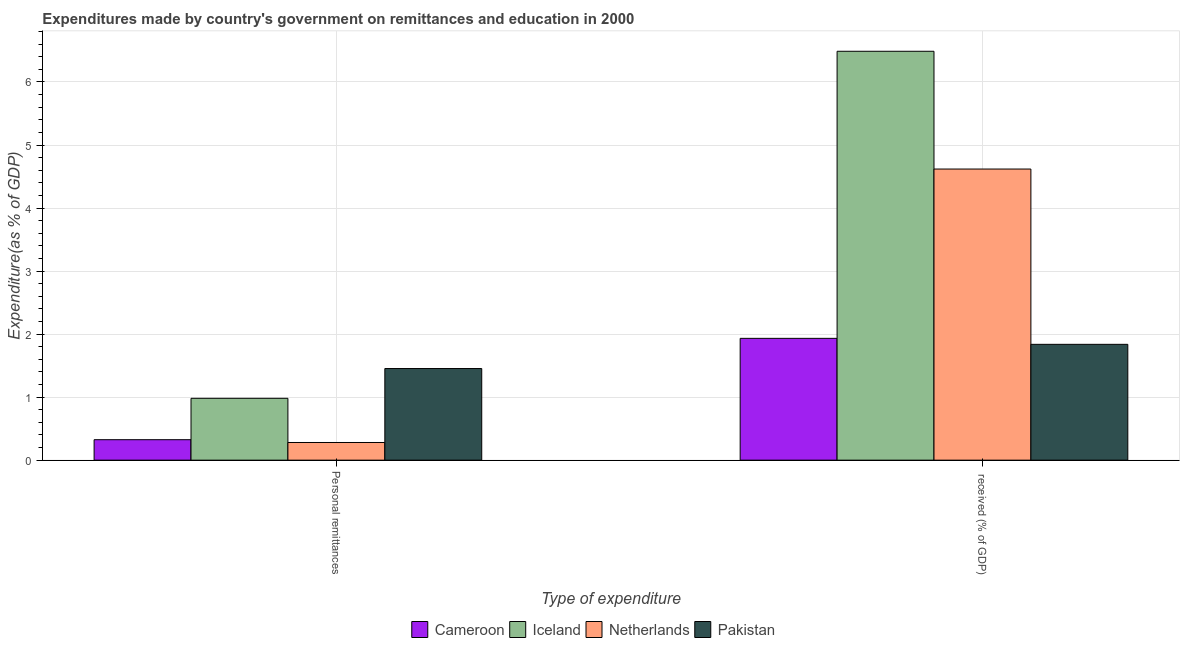
| Type of expenditure | Cameroon | Iceland | Netherlands | Pakistan |
 | --- | --- | --- | --- | --- |
 | Personal remittances | 0.325 | 0.981 | 0.28 | 1.45 |
 |  received (% of GDP) | 1.93 | 6.49 | 4.62 | 1.84 |